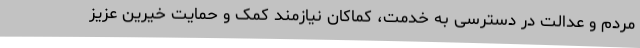
مردم و عدالت در دسترسی به خدمت، کماکان نیازمند کمک و حمایت خیرین عزیز